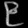
Digit: ၉